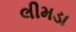
લીમડા